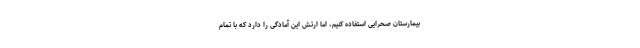
بیمارستان صحرایی استفاده کنیم، اما ارتش این آمادگی را دارد که با تمام